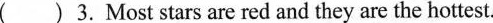
( )3.Most stars are red and they are the hottest.